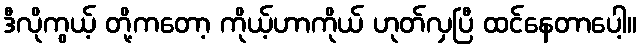
ဒီလိုကွယ့် တို့ကတော့ ကိုယ့်ဟာကိုယ် ဟုတ်လှပြီ ထင်နေတာပေါ့။